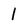
Character: 1